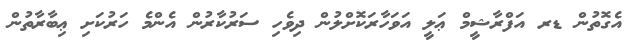
އެގޮތުން ޑރ އަފްރާޝީމް ޢަލީ އަވަހާރަކޮށްލުން ދިވެހި ސަރުކާރުން އެންމެ ހަރުކަށި ޢިބާރާތުން